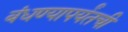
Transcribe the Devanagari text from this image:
बंधण्यापर्यंतची